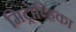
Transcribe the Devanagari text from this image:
मिट्रोव्हिका